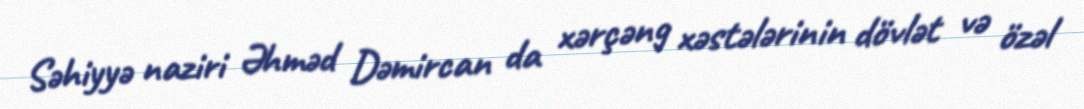
Səhiyyə naziri Əhməd Dəmircan da xərçəng xəstələrinin dövlət və özəl